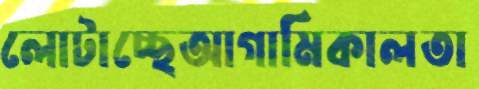
লোটাচ্ছেআগামিকালতা